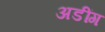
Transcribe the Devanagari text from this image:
अडींग